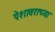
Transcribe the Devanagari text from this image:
पेशावराच्या